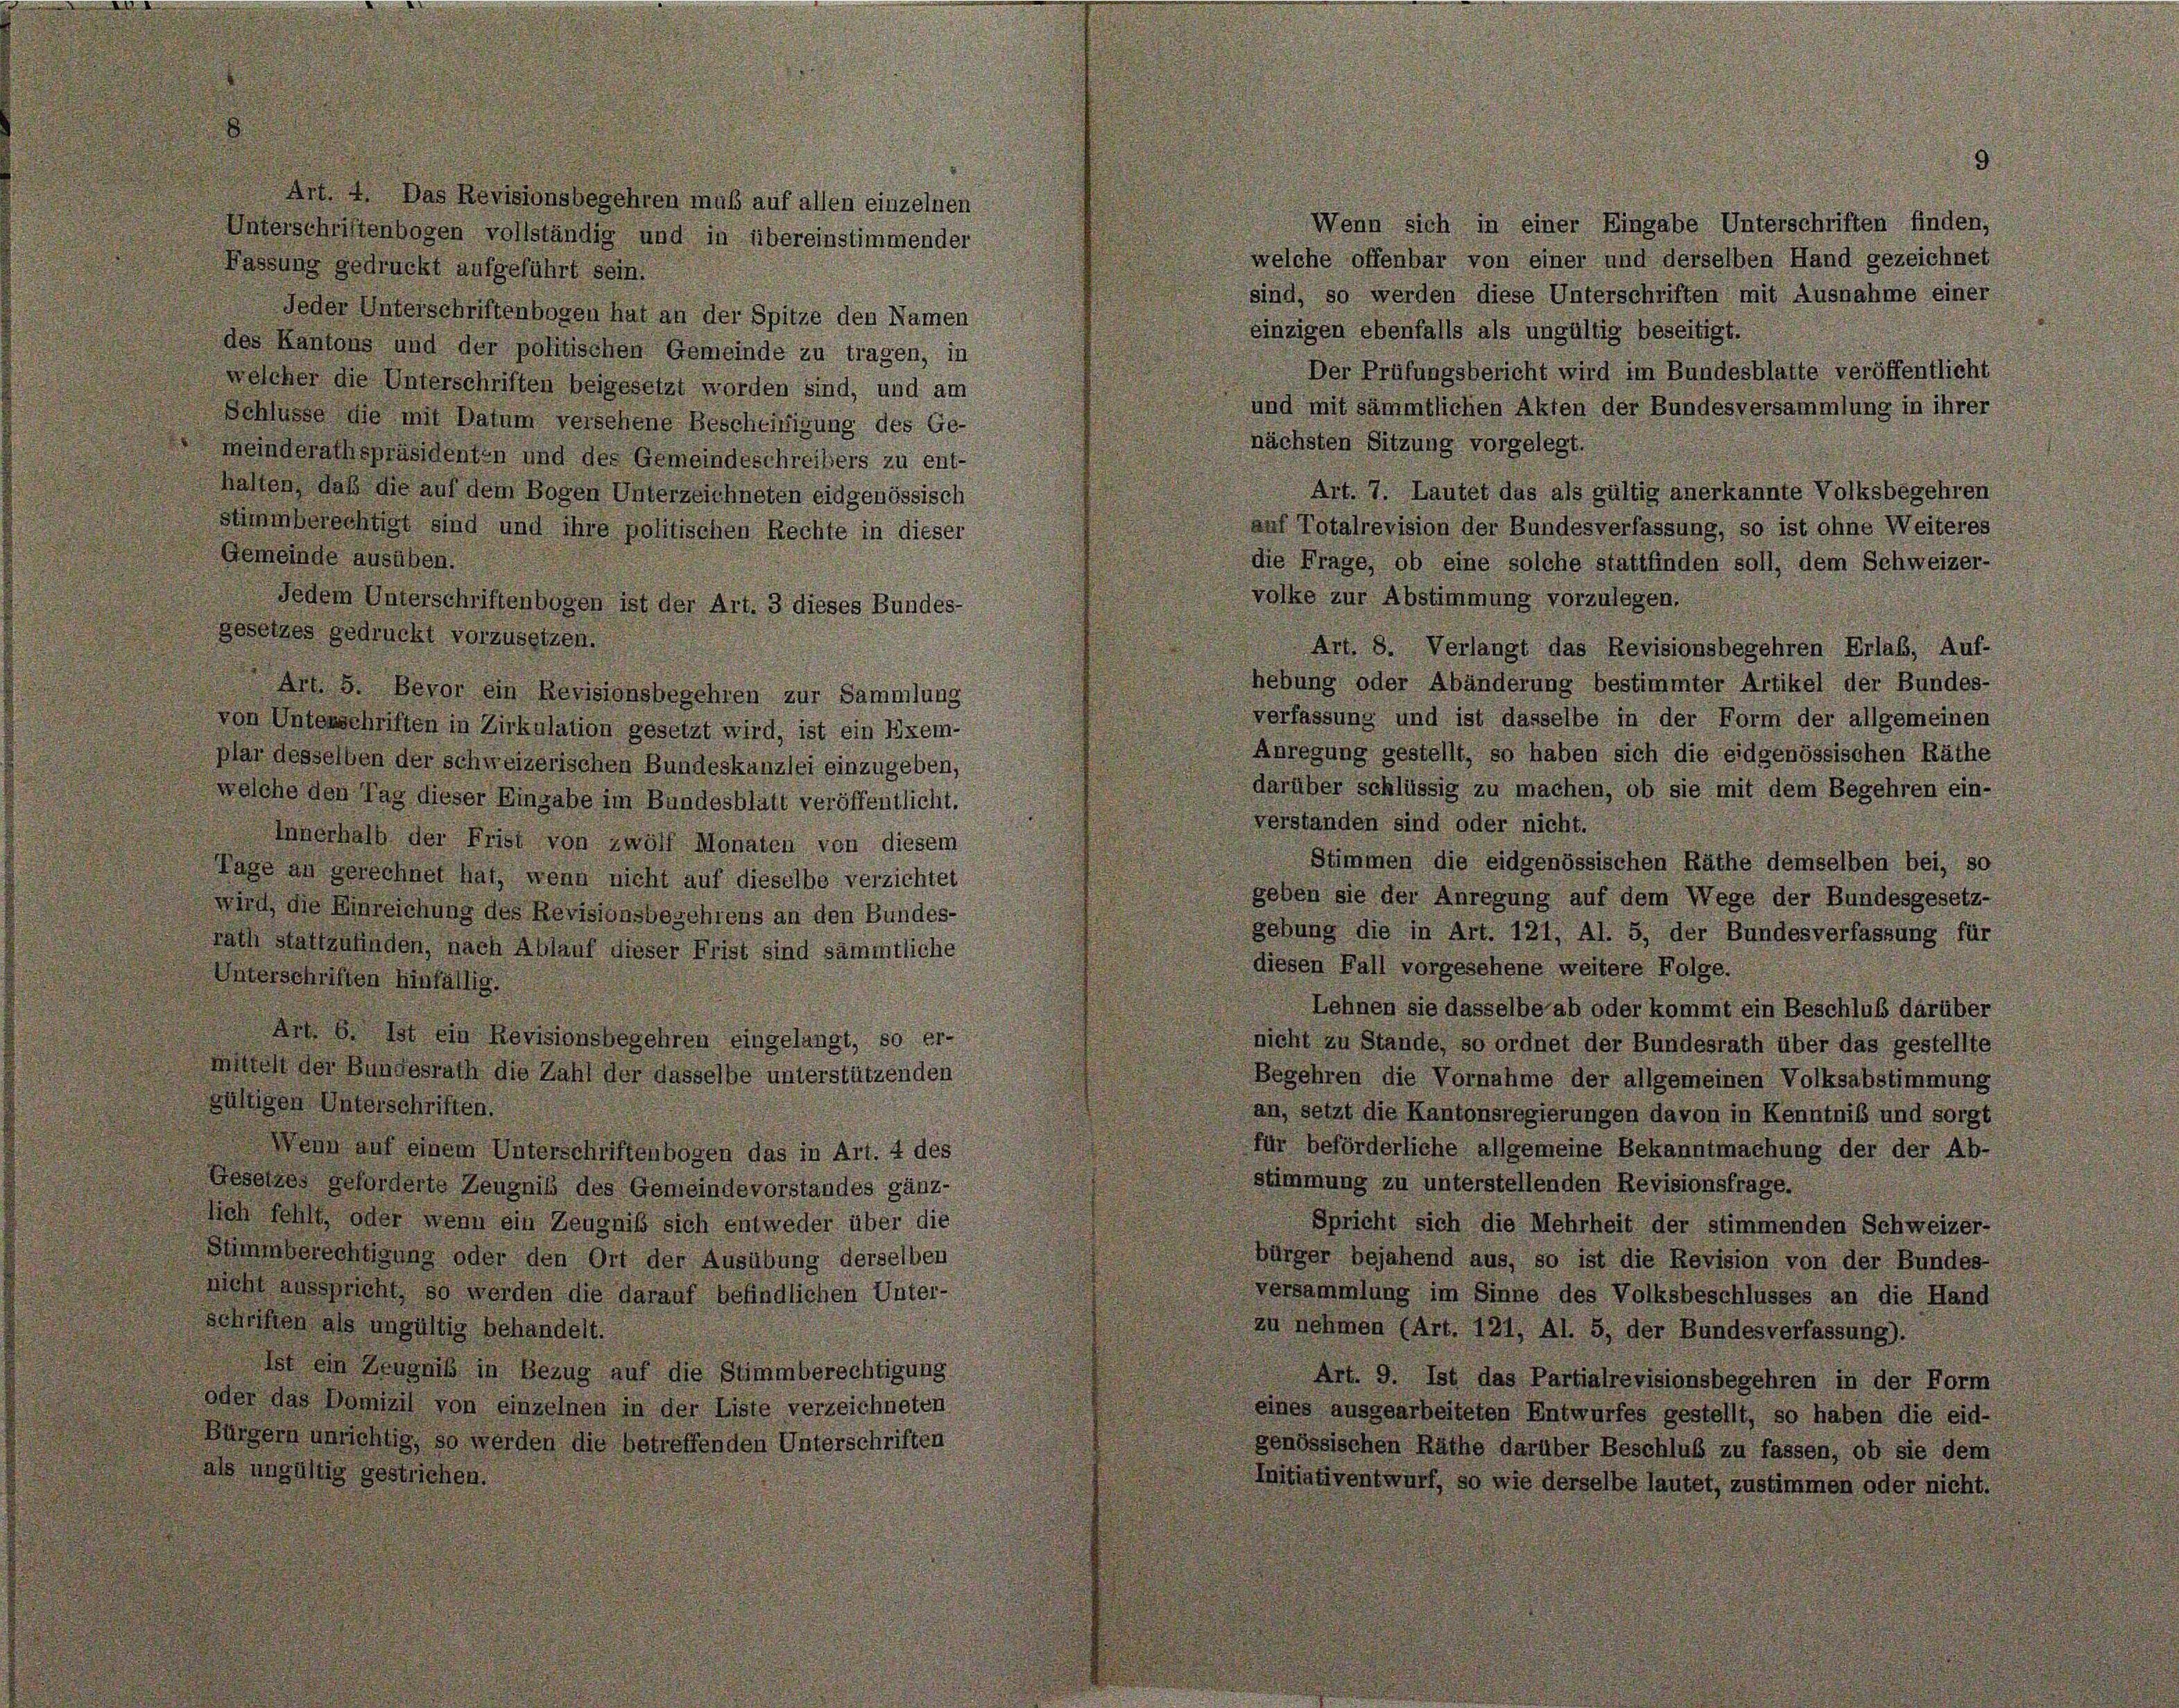
Wenn sich in einer Eingabe Unterschriften finden,
Unterschriftenbogen vollständig und in übereinstimmender
welche offenbar von einer und derselben Hand gezeichnet
Fassung gedruckt aufgeführt sein.
sind, so werden diese Unterschriften mit Ausnahme einer
Jeder Unterschriftenbogen hat an der Spitze den Namen
einzigen ebenfalls als ungültig beseitigt.
des Kantons und der politischen Gemeinde zu tragen, in
Der Prüfungsbericht wird im Bundesblatte veröffentlicht
welcher die Unterschriften beigesetzt worden sind, und am
und mit sämmtlichen Akten der Bundesversammlung in ihrer
Schlüsse die mit Datum versehene Bescheinigung des Ge-
nächsten Sitzung vorgelegt.
meinderathspräsidenten und des Gemeindeschreibers zu ent-
halten, daß die auf dem Bogen Unterzeichneten eidgenössisch
Art. 7. Lautet das als gültig anerkannte Volksbegehren
stimmberechtigt sind und ihre politischen Rechte in dieser
auf Totalrevision der Bundesverfassung, so ist ohne Weiteres
Gemeinde ausüben.
die Frage, ob eine solche stattfinden soll, dem Schweizer-
volke zur Abstimmung vorzulegen.
Jedem Unterschriftenbogen ist der Art. 3 dieses Bundes-
gesetzes gedruckt vorzusetzen.
Art. 8. Verlangt das Revisionsbegehren Erlas, Auf-
hebung oder Abänderung bestimmter Artikel der Bundes-
Art. 5. Bevor ein Revisionsbegehren zur Sammlung
verfassung und ist dasselbe in der Form der allgemeinen
von Unterschriften in Zirkulation gesetzt wird, ist ein Exem-
Anregung gestellt, so haben sich die eidgenössischen Räthe
plar desselben der schweizerischen Bundeskanzlei einzugeben,
darüber schlüssig zu machen, ob sie mit dem Begehren ein-
welche den Tag dieser Eingabe im Bundesblatt veröffentlicht.
verstanden sind oder nicht.
Innerhalb der Frist von zwölf Monaten von diesem
Stimmen die eidgenössischen Räthe demselben bei, so
Tage an gerechnet hat, wenn nicht auf dieselbe verzichtet
geben sie der Anregung auf dem Wege der Bundesgesetz-
wird, die Einreichung des Revisionsbegehrens an den Bundes-
gebung die in Art. 121, Al. 5, der Bundesverfassung für
rath stattzufinden, nach Ablauf dieser Frist sind sämmtliche
diesen Fall vorgesehene weitere Folge.
Unterschriften hinfällig.
Lehnen sie dasselbe ab oder kommt ein Beschluß darüber
Ant. b. Ist ein Revisionsbegehren eingelangt, so er-
nicht zu Stande, so ordnet der Bundesrath über das gestellte
mittelt der Bundesrath die Zahl der dasselbe unterstützenden
Begehren die Vornahme der allgemeinen Volksabstimmung
gültigen Unterschriften.
an, setzt die Kantonsregierungen davon in Kenntniß und sorgt
für beförderliche allgemeine Bekanntmachung der der Ab-
Wenn auf einem Unterschriftenbogen das in Art. 4 des
stimmung zu unterstellenden Revisionsfrage.
Gesetzes geforderte Zeugniß des Gemeindevorstandes gänz-
sich fehlt, oder wenn ein Zeugnis sich entweder über die
Spricht sich die Mehrheit der stimmenden Schweizer-
Stimmberechtigung oder den Ort der Ausübung derselben
bürger bejahend aus, so ist die Revision von der Bundes-
nicht ausspricht, so werden die darauf befindlichen Unter-
versammlung im Sinne des Volksbeschlusses an die Hand
schriften, als ungültig behandelt.
zu nehmen (Art. 121, Al. 5, der Bundesverfassung).
Ist ein Zeugniß in Bezug auf die Stimmberechtigung
Art. 9. Ist das Partialrevisionsbegehren in der Form
oder das Domizil von einzelnen in der Liste verzeichneten
eines ausgearbeiteten Entwurfes gestellt, so haben die eid-
Bürgern unrichtig, so werden die betreffenden Unterschriften
genössischen Räthe darüber Beschluß zu fassen, ob sie dem
als ungültig gestrichen.
Initiativentwurf, so wie derselbe lautet, zustimmen oder nicht.

Art. 4. Das Revisionsbegehren muß auf allen einzelnen